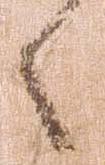
々